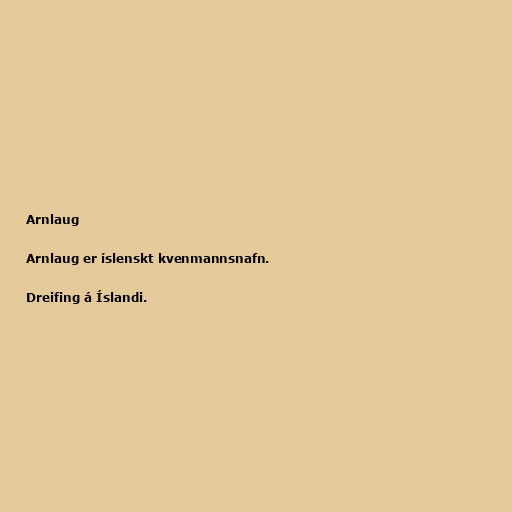
Arnlaug

Arnlaug er íslenskt kvenmannsnafn.

Dreifing á Íslandi.